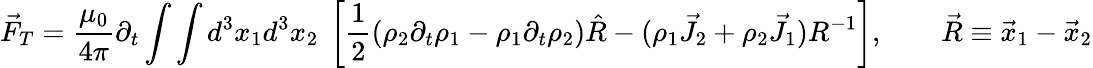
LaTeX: \vec{F}_{T}=\frac{\mu_{0}}{4\pi}\partial_{t}\int\int d^{3}x_{1}d^{3}x_{2}~\left[\frac{1}{2}\left(\rho_{2}\partial_{t}\rho_{1}-\rho_{1}\partial_{t}\rho_{2}\right)\hat{R}-(\rho_{1}\vec{J}_{2}+\rho_{2}\vec{J}_{1})R^{-1}\right],\qquad\vec{R}\equiv\vec{x}_{1}-\vec{x}_{2}